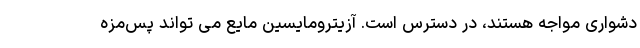
دشواری مواجه هستند، در دسترس است. آزیترومایسین مایع می تواند پس‌مزه